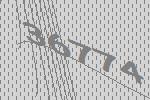
36774